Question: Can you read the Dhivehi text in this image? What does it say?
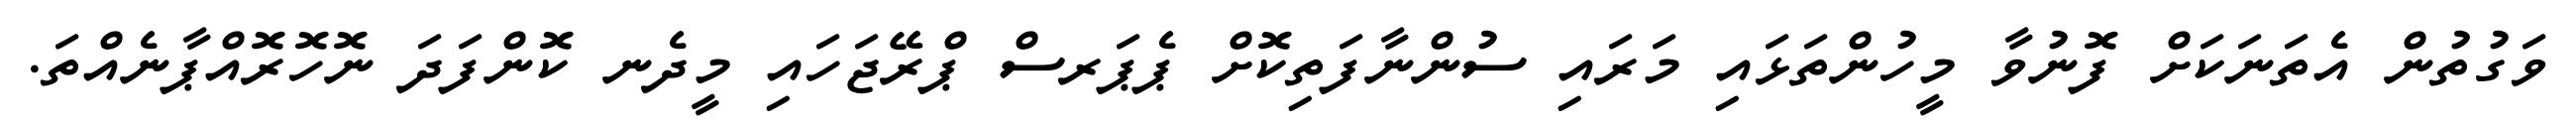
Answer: ވަގުތުން އެތަނަކަށް ފޮނުވާ މީހުންތަޅައި މަރައި ސުންނާފަތިކޮށް ޕެޕަރސް ޕްރޭޖަހައި މީދެނ ކޮންފަދަ ނޮހޮރޮއްޕާނެއްތަ.